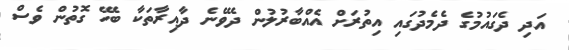
އަދި ދެގައުމުގެ ދެމެދުގައި އިތުރަށް އެއްބާރުލުން ދެވޭނެ ދާއިރާތަކާ ބެހޭ ގޮތުން ވެސް